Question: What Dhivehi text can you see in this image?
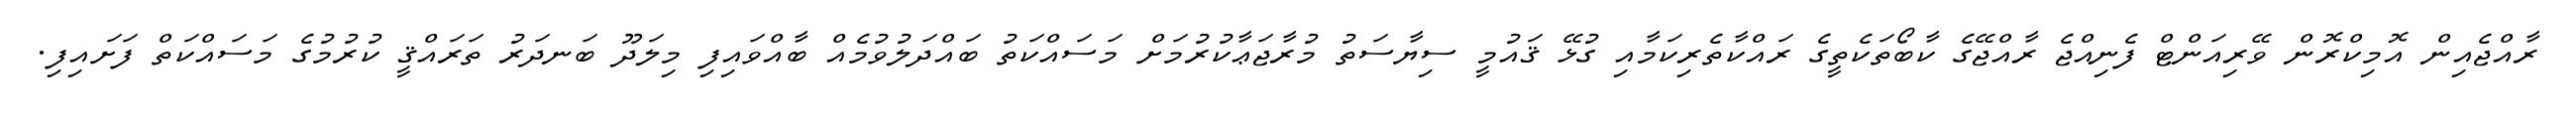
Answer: ރާއްޖެއިން އޮމިކްރޮން ވޭރިއަންޓް ފެނިއްޖެ ރާއްޖޭގެ ކާބޯތަކެތީގެ ރައްކާތެރިކަމާއި ގުޅޭ ޤައުމީ ސިޔާސަތު މުރާޖަޢާކުރުމަށް މަސައްކަތު ބައްދަލުވުމެއް ބާއްވައިފި މިލަދޫ ބަނދަރު ތަރައްޤީ ކުރުމުގެ މަސައްކަތް ފަށައިފި.